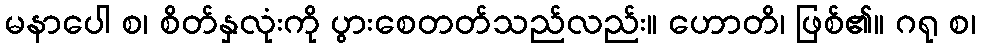
မနာပေါ စ၊ စိတ်နှလုံးကို ပွားစေတတ်သည်လည်း။ ဟောတိ၊ ဖြစ်၏။ ဂရု စ၊